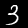
Label: 3